Report of the Imperial Institute of Veterinary Research, Muktesar
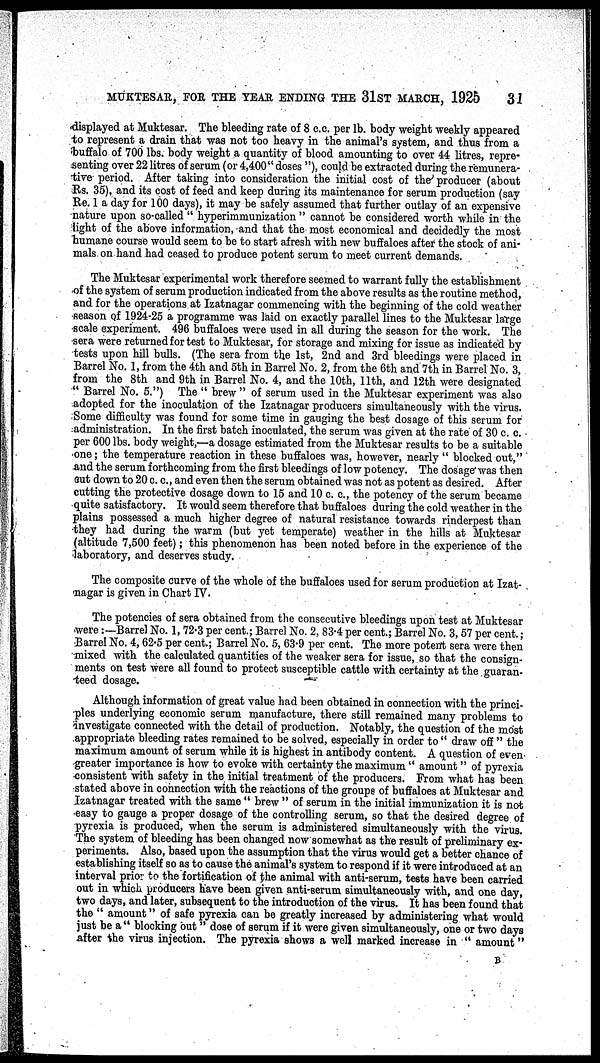
MUKTESAR, FOR THE YEAR ENDING THE 31 ST MARCH, 1925
31
displayed at Muktesar. The bleeding rate of 8 c.c. per lb. body weight weekly appeared
to represent a drain that was not too heavy in the animal's system, and thus from a
buffalo of 700 lbs. body weight a quantity of blood amounting to over 44 litres, repre-
senting over 22 litres of serum (or 4,400" doses "), could be extracted during the remunera-
tive- period. After taking into consideration the initial cost of the producer (about
Rs. 35), and its cost of feed and keep during its maintenance for serum production (say
Re. 1 a day for 100 days), it may be safely assumed that further outlay of an expensive
nature upon so-called " hyperimmunization " cannot be considered worth while in the
light of the above information, and that the most economical and decidedly the most
humane course would seem to be to start afresh with new buffaloes after the stock of ani-
mals on hand had ceased to produce potent serum to meet current demands.
The Muktesar experimental work therefore seemed to warrant fully the establishment
of the system of serum production indicated from the above results as the routine method,
and for the operations at Izatnagar commencing with the beginning of the cold weather
season of 1924-25 a programme was laid on exactly parallel lines to the Muktesar large
scale experiment. 496 buffaloes were used in all during the season for the work. The
sera were returned for test to Muktesar, for storage and mixing for issue as indicated by
tests upon hill bulls. (The sera from the 1st, 2nd and 3rd bleedings were placed in
Barrel No. 1, from the 4th and 5th in Barrel No. 2, from the 6th and 7th in Barrel No. 3,
from the 8th and 9th in Barrel No. 4, and the 10th, 11th, and 12th were designated
" Barrel No. 5.") The " brew " of serum used in the Muktesar experiment was also
adopted for the inoculation of the Izatnagar producers simultaneously with the virus.
Some difficulty was found for some time in gauging the best dosage of this serum for
administration. In the first batch inoculated, the serum was given at the rate of 30 c. c.
per 600 lbs. body weight,—a dosage estimated from the Muktesar results to be a suitable
one; the temperature reaction in these buffaloes was, however, nearly " blocked out,"
and the serum forthcoming from the first bleedings of low potency. The dosage' was then
cut down to 20 c. c., and even then the serum obtained was not as potent as desired. After
cutting the protective dosage down to 15 and 10 c. c., the potency of the serum became
quite satisfactory. It would seem therefore that buffaloes during the cold weather in the
plains possessed a much higher degree of natural resistance towards rinderpest than
they had during the warm (but yet temperate) weather in the hills at Muktesar
(altitude 7,500 feet); this phenomenon has been noted before in the experience of the
laboratory, and deserves study.
The composite curve of the whole of the buffaloes used for serum production at Izat-
-agar is given in Chart IV.
The potencies of sera obtained from the consecutive bleedings upon test at Muktesar
were :—Barrel No. 1, 72.3 per cent.; Barrel No. 2, 83.4 per cent.; Barrel No. 3, 57 per cent. ;
Barrel No. 4, 62.5 per cent.; Barrel No. 5, 63.9 per cent. The more potent sera were then
mixed with the calculated quantities of the weaker sera for issue, so that the consign-
ments on test were all found to protect susceptible cattle with certainty at the guaran-
teed dosage.
Although information of great value had been obtained in connection with the princi-
ples underlying economic serum manufacture, there still remained many problems to
investigate connected with the detail of production. Notably, the question of the most
appropriate bleeding rates remained to be solved, especially in order to " draw off" the
maximum amount of serum while it is highest in antibody content. A question of even
greater importance is how to evoke with certainty the maximum " amount " of pyrexia
consistent with safety in the initial treatment of the producers. From what has been
stated above in connection with the reactions of the groups of buffaloes at Muktesar and
Izatnagar treated with the same " brew " of serum in the initial immunization it is not
easy to gauge a proper dosage of the controlling serum, so that the desired degree of
pyrexia is produced, when the serum is administered simultaneously with the virus.
The system of bleeding has been changed now somewhat as the result of preliminary ex-
periments. Also, based upon the assumption that the virus would get a better chance of
establishing itself so as to cause the animal's system to respond if it were introduced at an
interval prior to the fortification of the animal with anti-serum, tests have been carried
out in which producers have been given anti-serum simultaneously with, and one day,
two days, and later, subsequent to the introduction of the virus. It has been found that
the " amount" of safe pyrexia can be greatly increased by administering what would
just be a " blocking out" dose of serum if it were given simultaneously, one or two days
after the virus injection. The pyrexia shows a well marked increase in " amount"
B